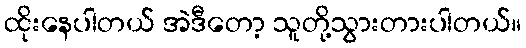
ထိုးနေပါတယ် အဲဒီတော့ သူတို့သွားတားပါတယ်။